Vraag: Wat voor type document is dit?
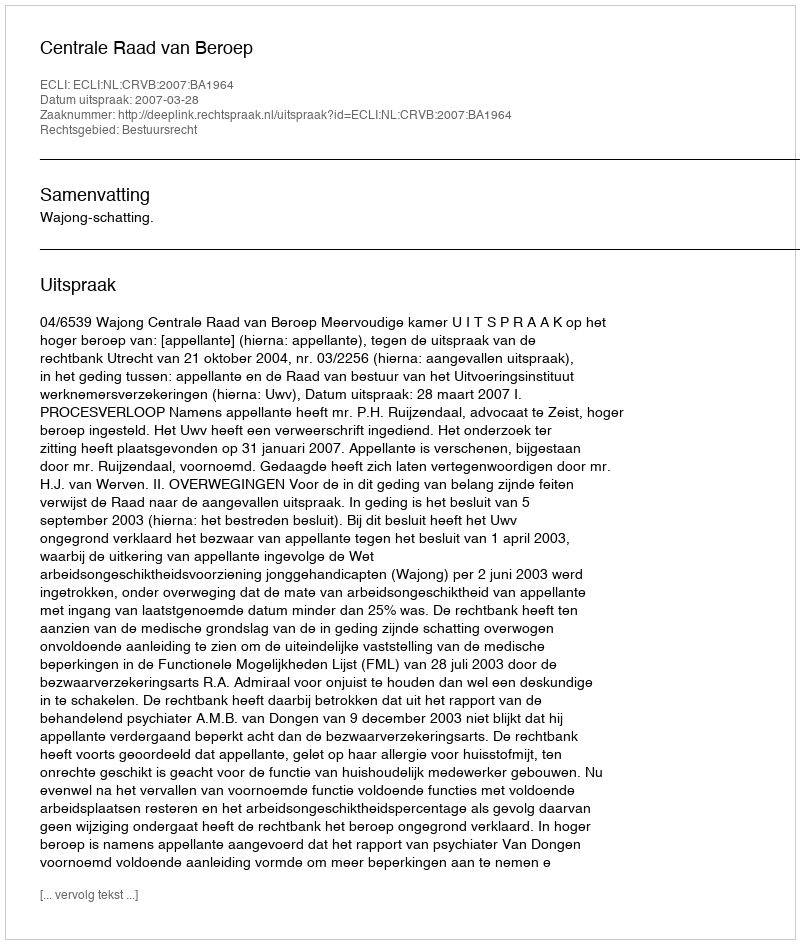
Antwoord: Uitspraak